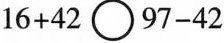
$$1 6 + 4 2 \circ 9 7 - 4 2$$